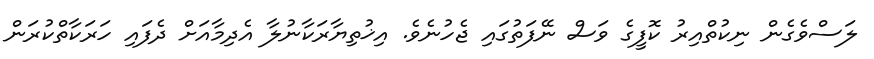
ލަސްވެގެން ނިކުތްއިރު ކޮފީގެ ވަސް ނޭފަތުގައި ޖެހުނެވެ. އިޚުތިޔާރަކާނުލާ އެދިމާއަށް ދެފައި ހަރަކާތްކުރަން